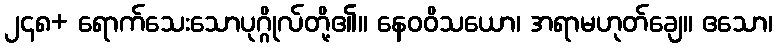
၂၄၈+ ရောက်သေးသောပုဂ္ဂိုလ်တို့၏။ နေဝဝိသယော၊ အရာမဟုတ်ချေ။ ဧသော၊